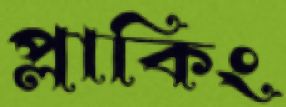
প্লাকিং